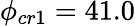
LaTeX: \phi_{cr1}=41.0